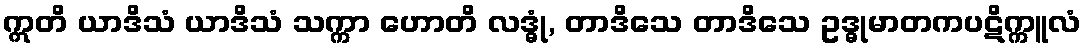
ဣတိ ယာဒိသံ ယာဒိသံ သက္ကာ ဟောတိ လဒ္ဓုံ, တာဒိသေ တာဒိသေ ဥဒ္ဓုမာတကပဋိက္ကူလံ